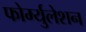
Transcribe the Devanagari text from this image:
फोर्म्युलेशन